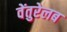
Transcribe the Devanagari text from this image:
वेंतुरेलब